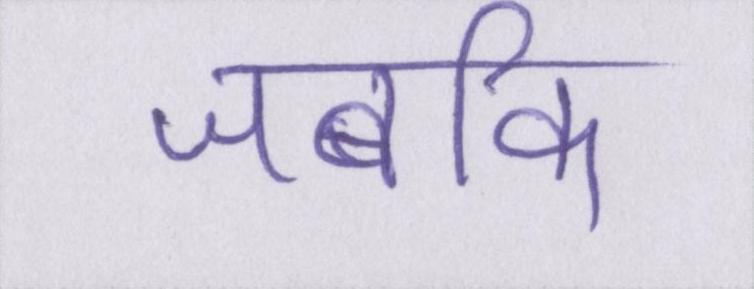
जबकि